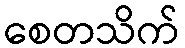
စေတသိက်